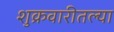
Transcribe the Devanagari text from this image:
शुक्रवारीतल्या